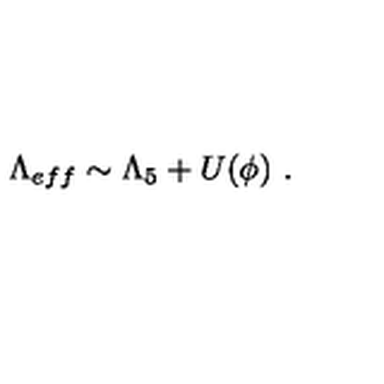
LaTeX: \Lambda _ { e f f } \sim \Lambda _ { 5 } + U ( \phi ) \ .